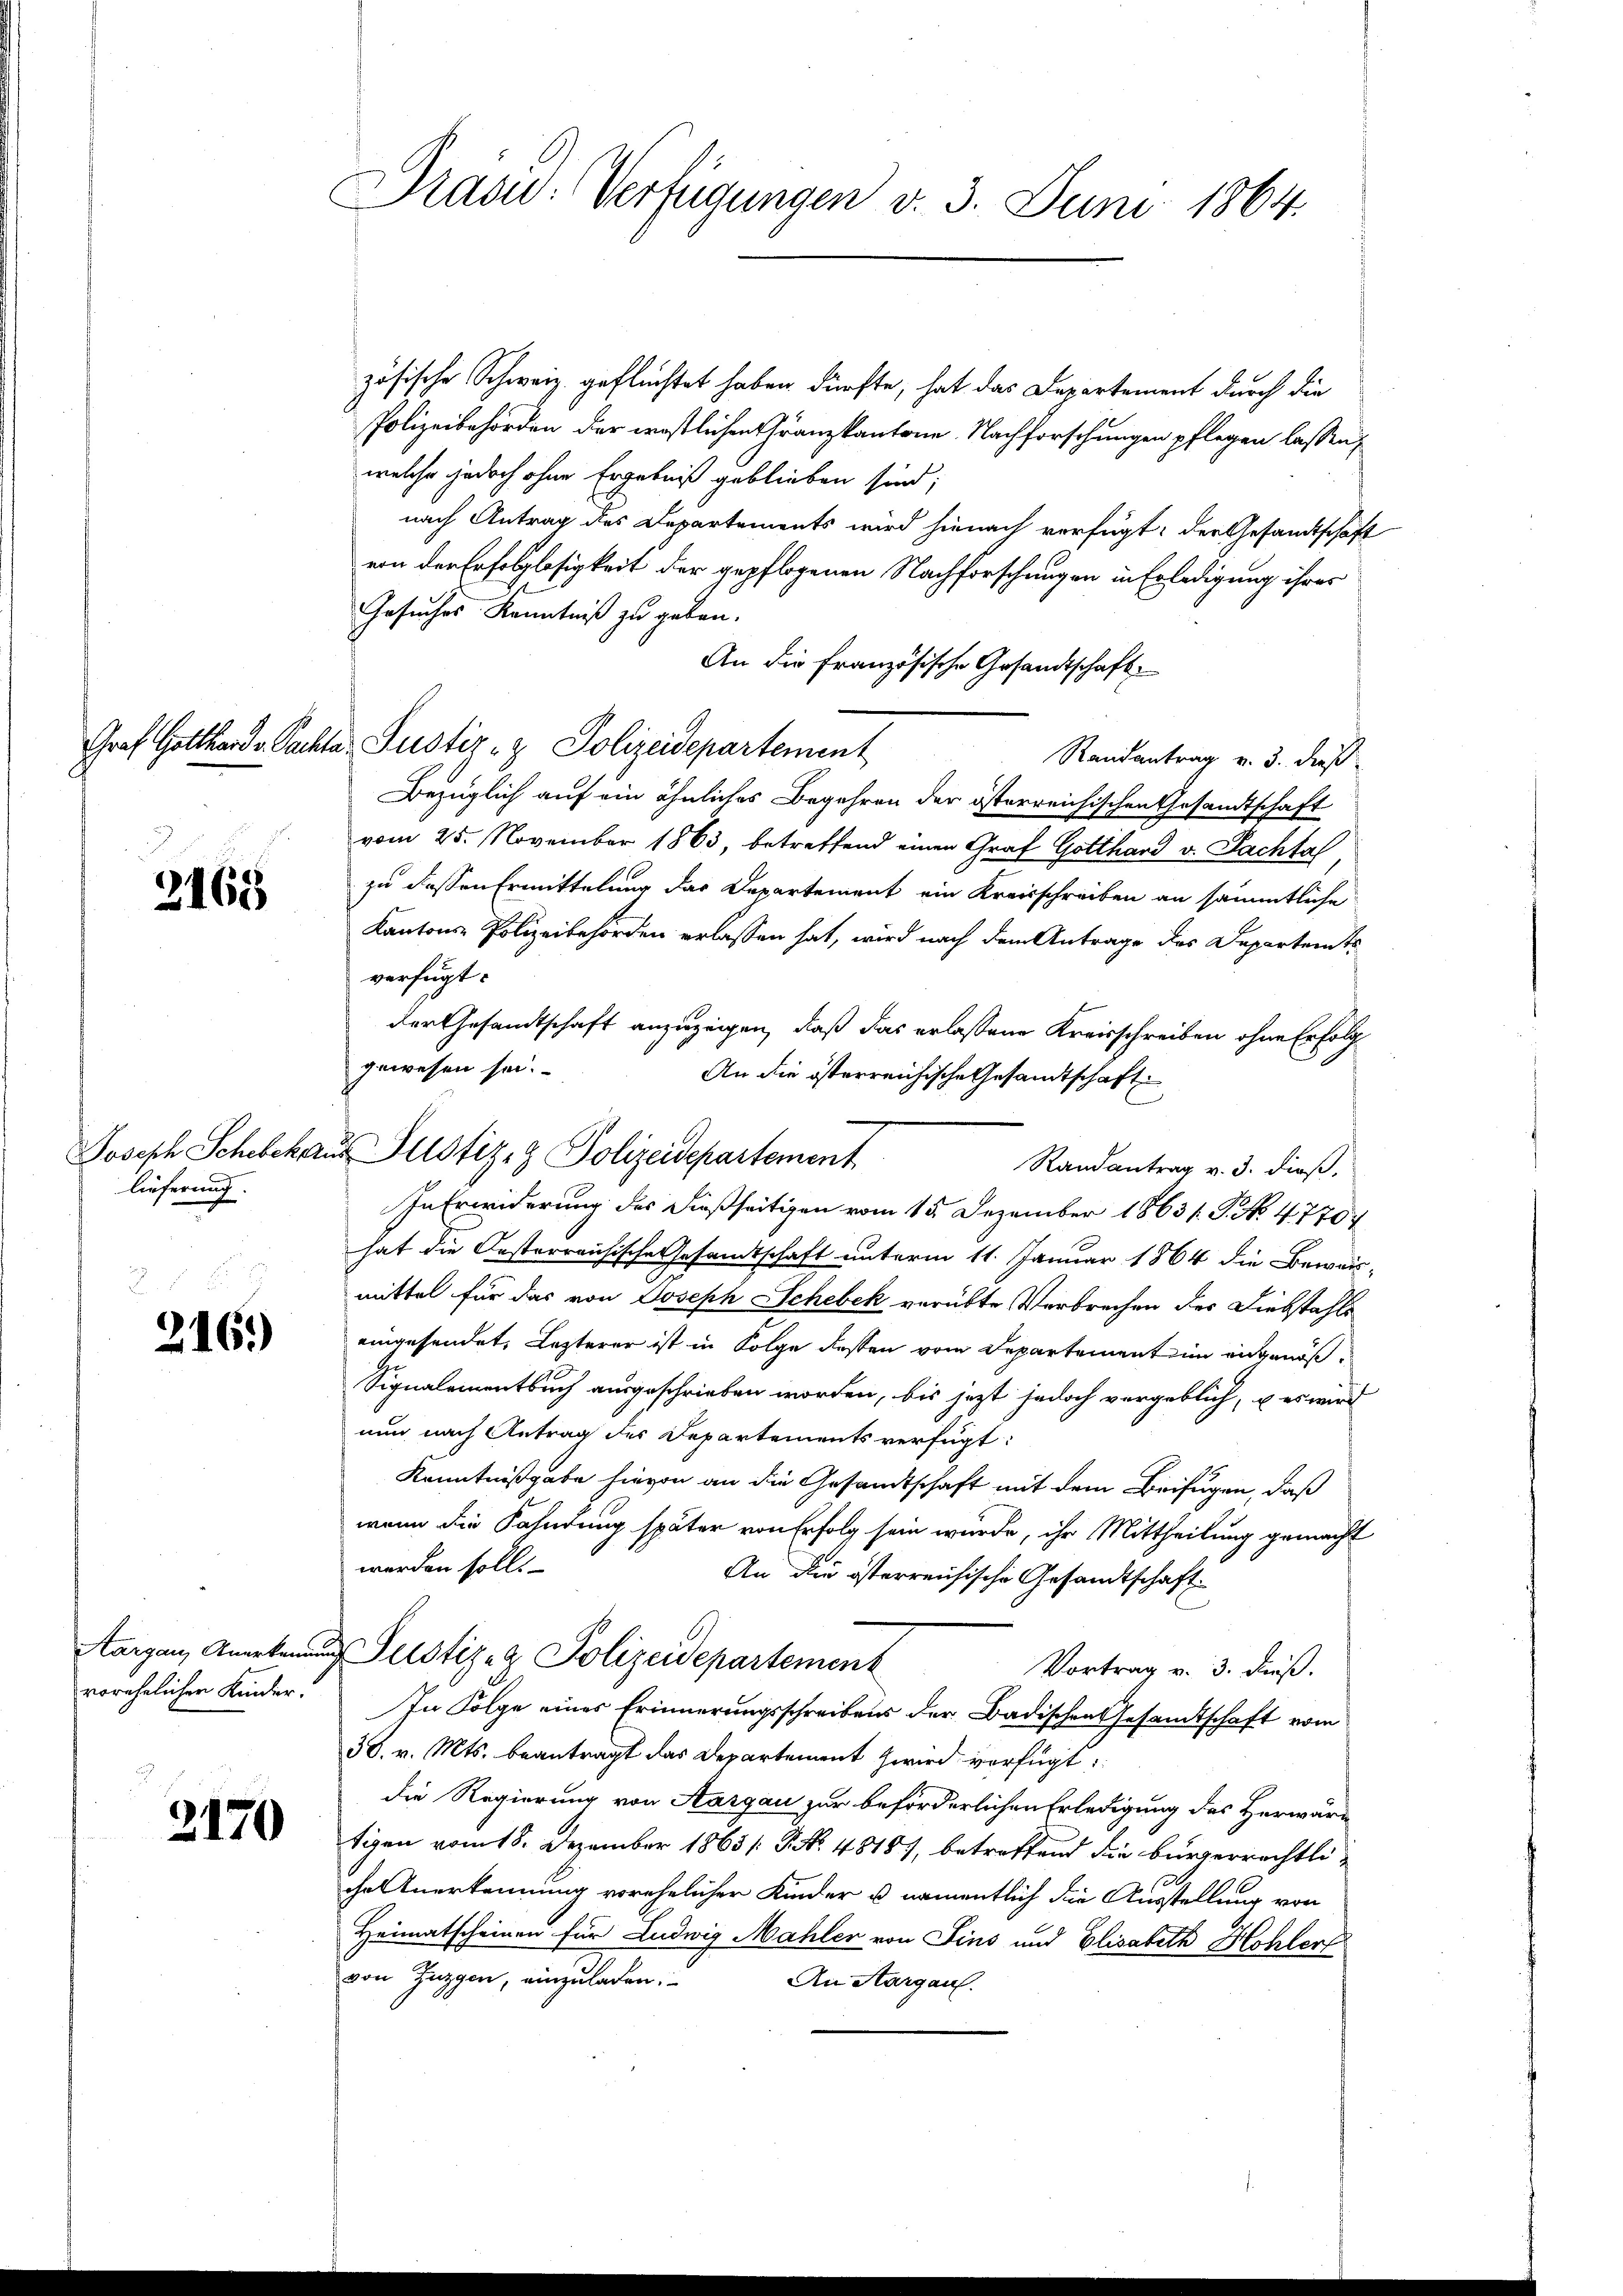
3168

lieferung.

216.)

2170

Präsid. Verfügungen v. 3. Juni 1864.

zösische Schweiz. geflüchtet haben dürfte, hat das Departement durch die
Polizeibehörden der westlichen Franzkantone. Nachforschungen pflegen lassen,
welche jedoch ohne Ergebniß geblieben sind;
nach Antrag des Departements wird hienach verfügt: der Gesandtschaft
von der Erfolglosigkeit der gepflogenen Nachforschungen in Erledigung ihres
Gesuches Kenntniß zu geben.
An die französische Gesandtschaft
Graf Gotthard v. Pachta Justiz- & Polizeidepartement
Randantrag v. 3. dieß
Bezüglich auf ein ähnliches Begehren der österreichischen Gesandtschaft
vom 25. November 1863, betreffend einen Graf Gotthard v. Pachtas,
zu dessen Ermittelung das Departement ein Kreisschreiben an sämmtliche
Kantons-Polizeibehörden erlassen hat, wird nach dem Antrage des Departents
verfügt:
der Gesandtschaft anzuzeigen, daß das erlassene Kreisschreiben ohne Erfolg
gewesen sei.
Randantrag v. 3. dieß.
In Erwiderung des dießseitigen vom 15. Dezember 1863/. P. No. 4770
hat die Oesterreichische Gesamtschaft unterm 11. Januar 1864 die Beweis-
mittel für das von Joseph Schebek verübte Verbrechen des Diebstahls
eingesendet. Lezterer ist in Folge dessen vom Departementin angenöß¬
Signalementbuch ausgeschrieben worden, bis jetzt jedoch vergeblich, u es wird
nun nach Antrag des Departements verfügt:
Kenntnißgabe hievon an die Gesandtschaft mit dem Beifügen, daß
wenn die Kahndung später von Erfolg sein würde, ihr Mittheilung gemacht
werden soll.
An die österreichische Gesandtschaft
Aargau, Anerkennung erstiz- & Polizeidepartement
Vortrag v. 3. Fuß.
vorehelicher Kinder. In Folge eines Erinnerungsschreibens der Badischen Gesamtschaft vom
38. v. Mts. beantragt das Departement zwird verfügt:
die Regierung von Aargau zur beförderlichen Erledigung des Herwäre
tigen vom 18. Dezember 1863 /: P. Nr. 48187, betreffend die bürgerrechtlichel Anerkennung vorehelicher Kinder u. namentlich die Ausstellung von
Heimatscheinen für Ludwig Mahler von Fins und Elisabeth Hohler
von Zuggen, einzuladen.
An Aargau.

An die österreichische Gesandtschaft
Joseph Schebckaŭs Justiz- & Polizeidepartement